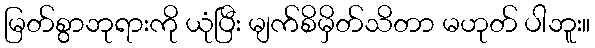
မြတ်စွာဘုရားကို ယုံပြီး မျက်စိမှိတ်သိတာ မဟုတ် ပါဘူး။